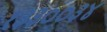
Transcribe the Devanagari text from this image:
१३३००३४